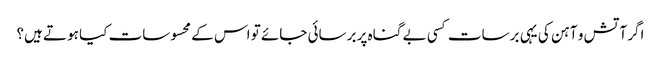
‏اگر آتش و آہن کی یہی برسات کسی بے گناہ پر برسائی جائے تو اس کے محسوسات کیا ہوتے ہیں؟